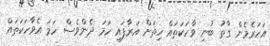
އަހަރެމެން ގާތު ބުނި ވާހަކަތައް ހިތަށް އަރާފައި ހަމަ ދެންވެސް ހަމަ އެވާހަކަތައް